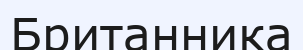
Британника